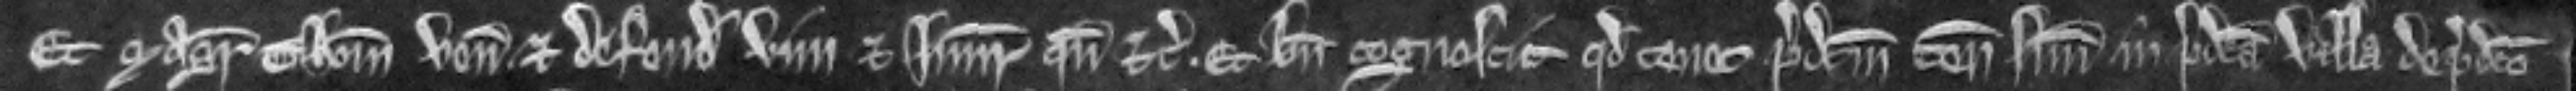
Et Magister Thomas venit et defendit vim et injuriam quando etc. Et bene cognoscit quod tenet predictum tenementum suum in predicta villa de predicto